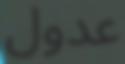
عدول